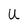
Character: U